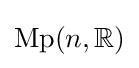
{\mathrm {Mp} }(n,{\mathbb {R} })